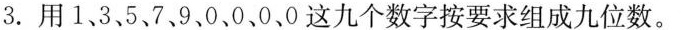
3.用1、3、5、7、9、0、0、0、0这九个数字按要求组成九位数。